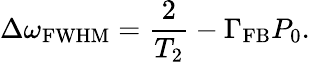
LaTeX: \Delta\omega_{\mathrm{{FWHM}}}=\frac{2}{T_{2}}-\Gamma_{\mathrm{FB}}{P_{0}}.